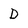
Character: D